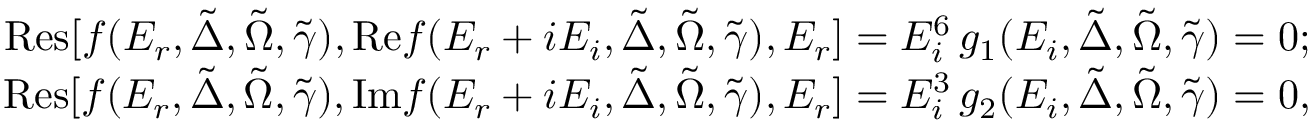
\begin{array} { r } { \mathrm { R e s } [ f ( E _ { r } , \tilde { \Delta } , \tilde { \Omega } , \tilde { \gamma } ) , \mathrm { R e } f ( E _ { r } + i E _ { i } , \tilde { \Delta } , \tilde { \Omega } , \tilde { \gamma } ) , E _ { r } ] = E _ { i } ^ { 6 } \, g _ { 1 } ( E _ { i } , \tilde { \Delta } , \tilde { \Omega } , \tilde { \gamma } ) = 0 ; } \\ { \mathrm { R e s } [ f ( E _ { r } , \tilde { \Delta } , \tilde { \Omega } , \tilde { \gamma } ) , \mathrm { I m } f ( E _ { r } + i E _ { i } , \tilde { \Delta } , \tilde { \Omega } , \tilde { \gamma } ) , E _ { r } ] = E _ { i } ^ { 3 } \, g _ { 2 } ( E _ { i } , \tilde { \Delta } , \tilde { \Omega } , \tilde { \gamma } ) = 0 , } \end{array}